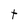
Character: t